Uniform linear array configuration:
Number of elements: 8
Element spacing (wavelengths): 0.75
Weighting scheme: blackman
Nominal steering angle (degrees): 45
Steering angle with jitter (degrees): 46.507
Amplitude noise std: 0.05
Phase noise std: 0.05

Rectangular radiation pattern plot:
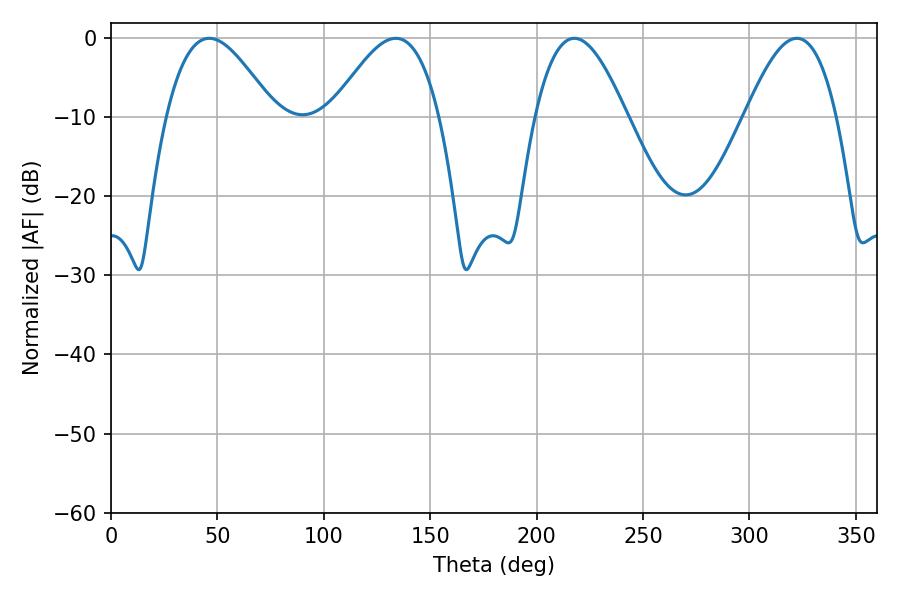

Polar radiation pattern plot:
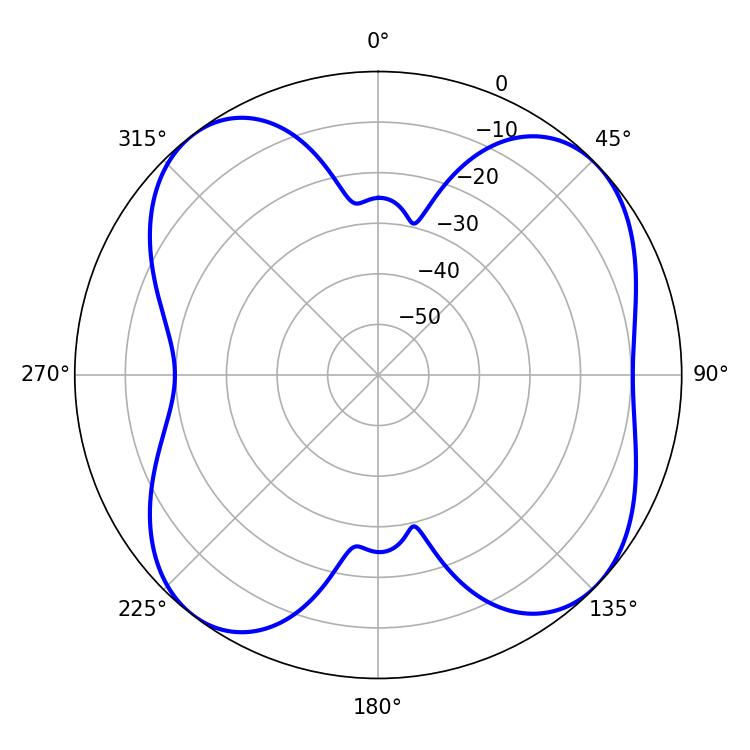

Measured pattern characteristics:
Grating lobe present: TRUE
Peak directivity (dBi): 9.113
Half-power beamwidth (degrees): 27.18
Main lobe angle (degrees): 46.26